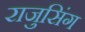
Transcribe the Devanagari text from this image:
राजुसिंग